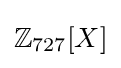
\mathbb {Z} _{727}[X]